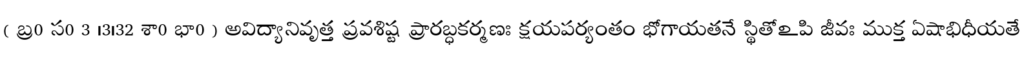
( బ్ర0 స0 3 ।3।32 శా0 భా0 ) అవిద్యానివృత్త ప్రవశిష్ట ప్రారబ్ధకర్మణః క్షయపర్యంతం భోగాయతనే స్థితోఽపి జీవః ముక్త ఏషాభిధీయతే